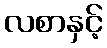
လစာနှင့်